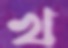
খ